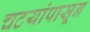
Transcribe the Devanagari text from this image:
चटयांपासून